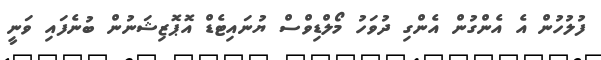
ފުލުހުން އެ އެންގުން އެންގި ދުވަހު މޯލްޑިވްސް ޔުނައިޓެޑް އޮޕޮޒިޝަނުން ބުނެފައި ވަނީ